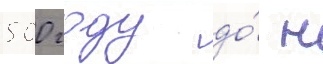
500 году до́ н